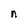
Character: n